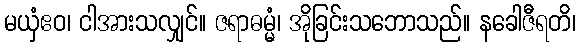
မယှံဧဝ၊ ငါအားသလျှင်။ ဇရာဓမ္မံ၊ အိုခြင်းသဘောသည်။ နခေါဇီရတိ၊